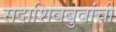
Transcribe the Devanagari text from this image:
सदाशिवबुवांची